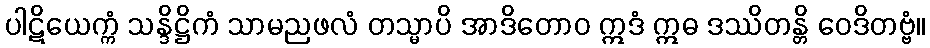
ပါဋိယေက္ကံ သန္ဒိဋ္ဌိကံ သာမညဖလံ တသ္မာပိ အာဒိတောဝ ဣဒံ ဣဓ ဒဿိတန္တိ ဝေဒိတဗ္ဗံ။